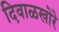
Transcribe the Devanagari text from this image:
दिवाळखोरे